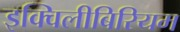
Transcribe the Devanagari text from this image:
इक्विलीबिरियम